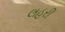
લહરી